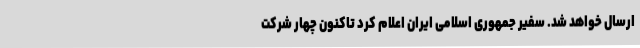
ارسال خواهد شد. سفیر جمهوری اسلامی ایران اعلام کرد تاکنون چهار شرکت